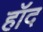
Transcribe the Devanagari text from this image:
हॉद